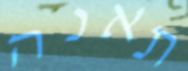
תאנה